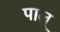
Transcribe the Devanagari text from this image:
पाल्